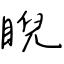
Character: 睨